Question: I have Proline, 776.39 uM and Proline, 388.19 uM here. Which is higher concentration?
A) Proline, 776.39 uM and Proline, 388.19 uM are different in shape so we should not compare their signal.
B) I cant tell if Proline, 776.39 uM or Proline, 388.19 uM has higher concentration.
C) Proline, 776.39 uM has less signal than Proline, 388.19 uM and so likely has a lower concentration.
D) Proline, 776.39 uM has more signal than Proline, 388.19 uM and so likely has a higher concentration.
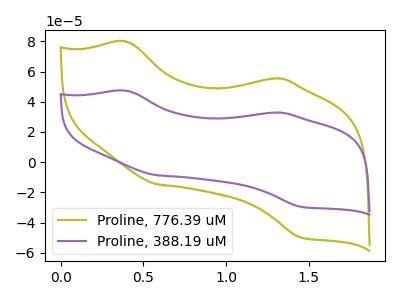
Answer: <think>The olive curve "Proline, 776.39 uM" has anodic peaks at (0.40V, 79.90uA) (1.35V, 55.35uA) and cathodic peaks at (0.60V, -14.55uA) (1.45V, -49.65uA). The purple curve "Proline, 388.19 uM" has anodic peaks at (0.40V, 47.35uA) (1.35V, 32.80uA) and cathodic peaks at (0.60V, -8.60uA) (1.45V, -29.40uA).
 All the peaks in "Proline, 776.39 uM" have a peak in "Proline, 388.19 uM" at the same potential. Every peak in "Proline, 776.39 uM" is higher than every peak in "Proline, 388.19 uM".</think>
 <answer>D) "Proline, 776.39 uM" has more signal than "Proline, 388.19 uM" and so likely has a higher concentration.</answer>
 <eval>D</eval>